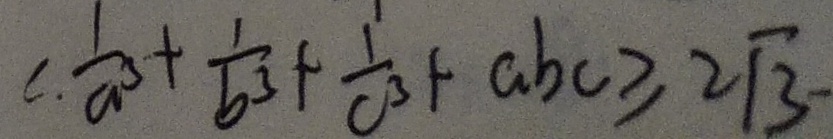
c . \frac { 1 } { a ^ { 3 } } + \frac { 1 } { b ^ { 3 } } + \frac { 1 } { c ^ { 3 } } + a b c \geq 2 \sqrt { 3 } -